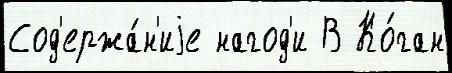
Сод'ержа́н'иjе нагод'и В Ко́ган